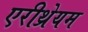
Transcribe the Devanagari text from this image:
एरीथ्रेयम